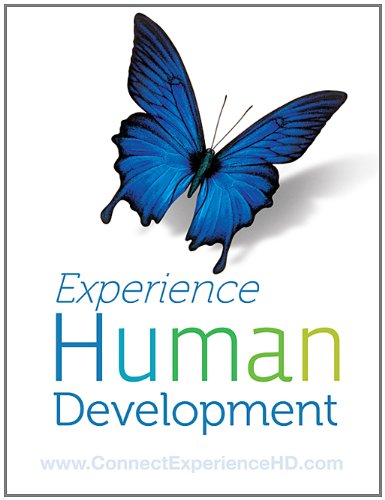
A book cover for Experience Human Development, 12th Edition; Diane E. Papalia; Medical Books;